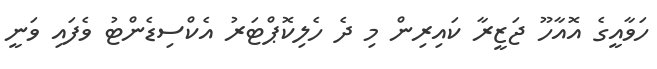
ހަވާއީގެ އޮއާހޫ ޖަޒީރާ ކައިރިން މި ދެ ހެލިކޮޕްޓަރު އެކްސިޑެންޓު ވެފައި ވަނީ